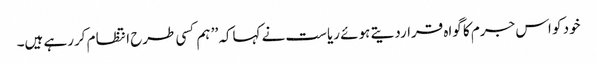
خود کو اس جرم کا گواہ قراردیتے ہوئے ریاست نے کہاکہ ’’ ہم کسی طرح انتظا م کررہے ہیں۔